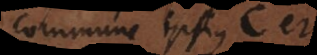
commune ipsius C et